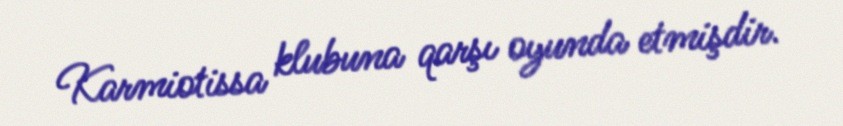
Karmiotissa klubuna qarşı oyunda etmişdir.